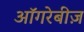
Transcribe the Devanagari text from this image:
ऑगरेबीज़